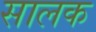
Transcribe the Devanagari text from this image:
सालक